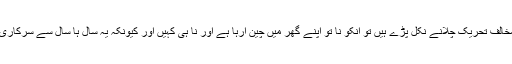
مولانا بغیر سوچے سمجھے حکومت مخالف تحریک چلانے نکل پڑے ہیں تو انکو نا تو اپنے گھر میں چین آرہا ہے اور نا ہی کہیں اور کیونکہ یہ سال ہا سال سے سرکاری خرچے پر زندگی بسر کررہے تھے ۔